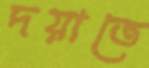
দয়াতে